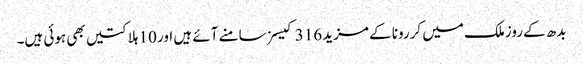
بدھ کے روزملک میں کررونا کے مزید 316 کیسز سامنے آئے ہیں اور 10 ہلاکتیں بھی ہوئی ہیں۔